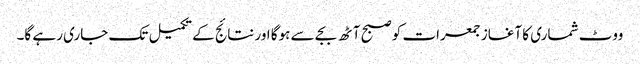
ووٹ شماری کا آغاز جمعرات کو صبح آٹھ بجے سے ہوگا اور نتائج کے تکمیل تک جاری رہے گا۔